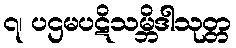
၇၊ ပဌမပဋိသမ္ဘိဒါသုတ္တ